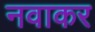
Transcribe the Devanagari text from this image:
नवाकर